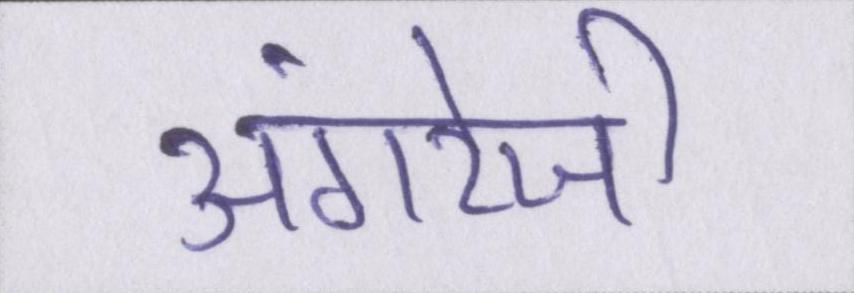
अंगरेजी